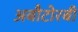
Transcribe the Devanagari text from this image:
अबौटोरबी